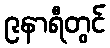
၉နာရီတွင်